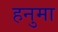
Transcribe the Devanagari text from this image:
हनुमा